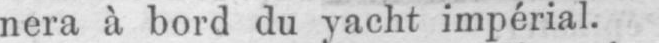
nera à bord du yacht impérial.